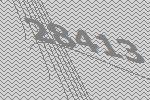
28413